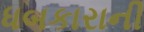
ધબકારાની